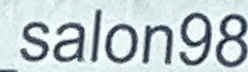
salon98